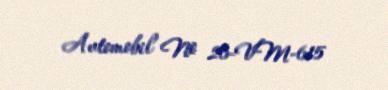
Avtomobil № 26-VM-615